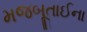
મજબૂતાઈના